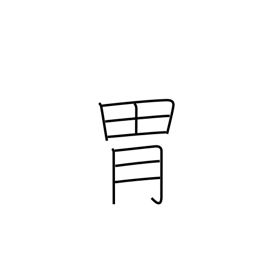
Meaning: paunch